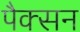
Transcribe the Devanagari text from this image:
पैक्सन